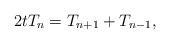
LaTeX: \begin{align*}2tT_n=T_{n+1}+T_{n-1}, \end{align*}